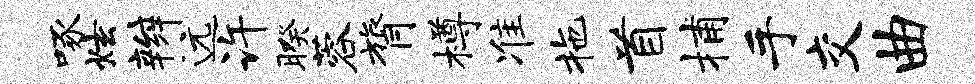
啄炫辫远许暌蓉膂樽准拖首捕手交曲